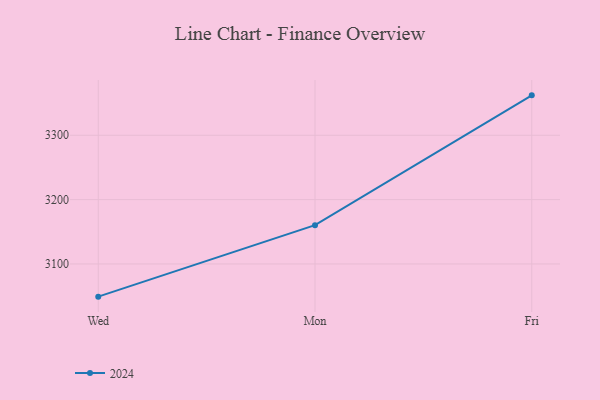
{"axis": {"x": "Day", "y": "Operating Costs (USD K)"}, "legend": ["2024"], "data": [{"x": "Wed", "y": 3049.2, "type": "2024"}, {"x": "Mon", "y": 3160.3, "type": "2024"}, {"x": "Fri", "y": 3362.0, "type": "2024"}]}